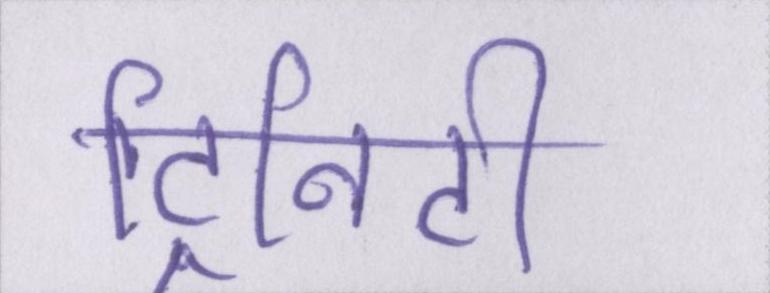
ट्रिनिटी